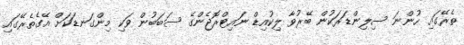
ތެރޭގައި ހުންނަ ސިލިންޑަރަކުން ބޭރުވާ ލިކުއިޑް ނައިޓްރޮޖެންގެ ސަބަބުން ވަކި މިންގަނޑަކަށް އޭގެތެރޭގައި